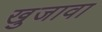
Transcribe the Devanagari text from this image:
खुजावा